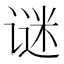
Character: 谜